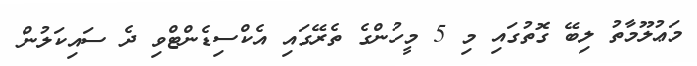
މަޢުލޫމާތު ލިބޭ ގޮތުގައި މި 5 މީހުންގެ ތެރޭގައި އެކްސިޑެންޓްވި ދެ ސައިކަލުން